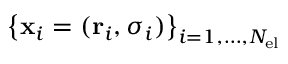
\left\{ \mathbf { x } _ { i } = ( \mathbf { r } _ { i } , \sigma _ { i } ) \right\} _ { i = 1 , \dots , N _ { \mathrm { e l } } }